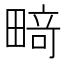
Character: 𰣍